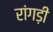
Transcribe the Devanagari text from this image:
रांगड़ी